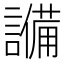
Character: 𬣈